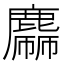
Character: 𪋙